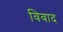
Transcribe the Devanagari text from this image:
विवाद